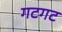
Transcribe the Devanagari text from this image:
गटगट